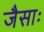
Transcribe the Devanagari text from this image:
जैसाः